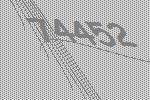
74452